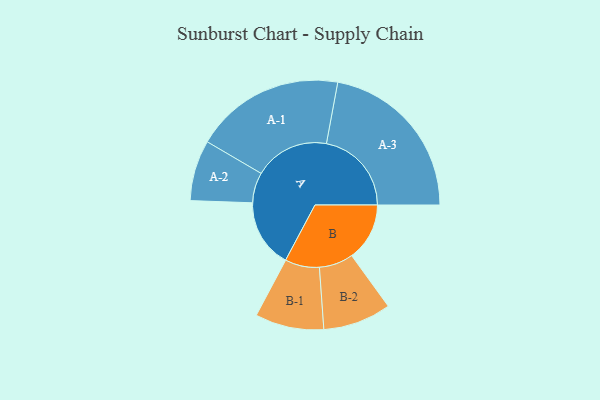
{"axis": {"x": "Segment", "y": "Value"}, "legend": ["", "A", "B"], "data": [{"x": "A", "y": 239, "type": ""}, {"x": "B", "y": 202, "type": ""}, {"x": "A-1", "y": 262, "type": "A"}, {"x": "A-2", "y": 106, "type": "A"}, {"x": "A-3", "y": 297, "type": "A"}, {"x": "B-1", "y": 120, "type": "B"}, {"x": "B-2", "y": 119, "type": "B"}]}